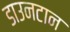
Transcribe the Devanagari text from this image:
डाउनटान